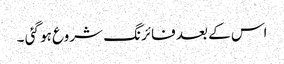
اس کے بعد فائرنگ شروع ہو گئی ۔